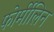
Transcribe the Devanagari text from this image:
फोर्मीलिन